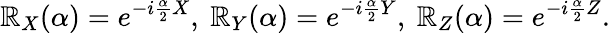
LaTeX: \mathbb{R}_{X}(\alpha)=e^{-i\frac{{\alpha}}{{2}}X},~\mathbb{R}_{Y}(\alpha)=e^{-i\frac{{\alpha}}{{2}}Y},~\mathbb{R}_{Z}(\alpha)=e^{-i\frac{{\alpha}}{{2}}Z}.